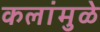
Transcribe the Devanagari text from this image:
कलांमुळे